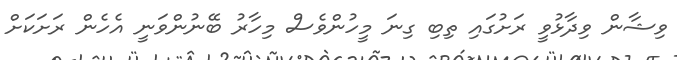
ވިޝާން ވިދާޅުވީ ރަށުގައި ތިބި ގިނަ މީހުންވެސް މިހާރު ބޭނުންވަނީ އެހެން ރަށަކަށް